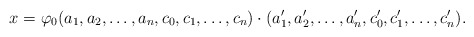
\begin{align*}x=\varphi_{0}(a_{1},a_{2},\ldots,a_{n},c_{0},c_{1},\ldots,c_{n})\cdot(a'_{1},a'_{2},\ldots,a'_{n},c'_{0},c'_{1},\ldots,c'_{n}).\end{align*}